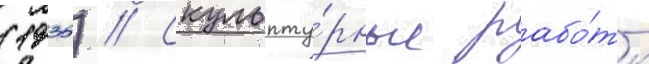
(1935) // Скульпту́рные рабо́ты